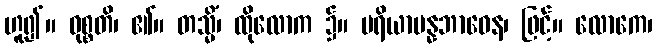
ဟူ၍။ ဝုစ္စတိ၊ ၏။ တသ္မိံ၊ ထိုလောက ၌။ ပရိယာပန္နဘာဝေန၊ ဖြင့်။ လောကေ၊